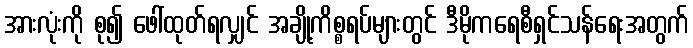
အားလုံးကို စု၍ ဖေါ်ထုတ်ရလျှင် အချို့ကိစ္စရပ်များတွင် ဒီမိုကရေစီရှင်သန်ရေးအတွက်